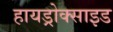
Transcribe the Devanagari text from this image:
हायड्रोक्साइड